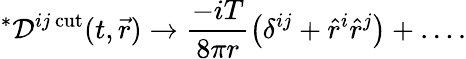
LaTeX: ^{*}{\cal D}^{ij\, \mathrm{cut}}(t,\vec{r})\to{\frac{-iT}{8\pi r}}\big(\delta^{ij}+\hat{r}^{i}\hat{r}^{j}\big)+\dots.